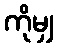
ကိုမျှ